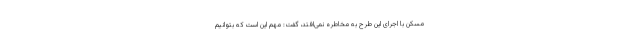
مسکن با اجرای این طرح به مخاطره نمی‌افتد، گفت: مهم این است که بتوانیم